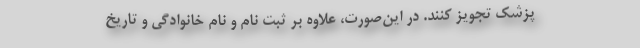
پزشک تجویز کنند. در این‌صورت، علاوه بر ثبت‌ نام و نام خانوادگی و تاریخ